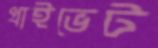
প্রাইভেট